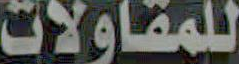
للمقاولات